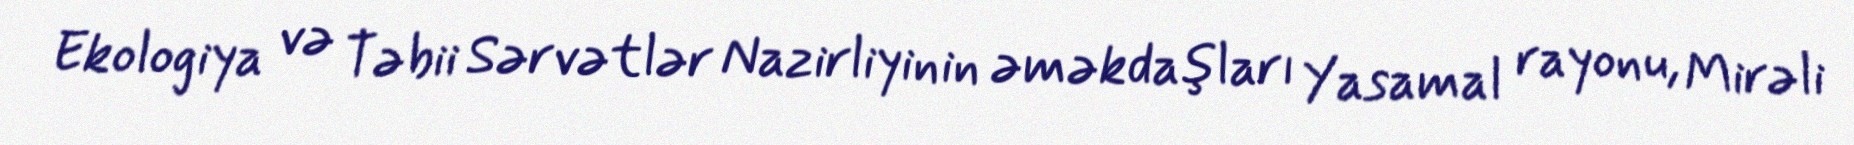
Ekologiya və Təbii Sərvətlər Nazirliyinin əməkdaşları Yasamal rayonu, Mirəli